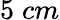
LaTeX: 5\; cm